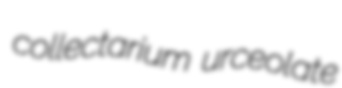
collectarium urceolate